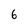
Character: 6